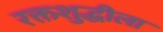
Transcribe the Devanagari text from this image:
रक्तशुद्धीला